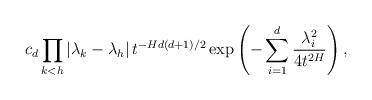
LaTeX: \begin{align*}c_{d}\prod_{k<h}\left\vert \lambda_{k}-\lambda_{h}\right\vert t^{-Hd(d+1)/2}\exp\left( -\sum_{i=1}^{d}\frac{\lambda_{i}^{2}}{4t^{2H}}\right) ,\end{align*}